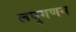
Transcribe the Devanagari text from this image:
लघुगणन